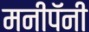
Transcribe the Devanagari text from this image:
मनीपॅनी